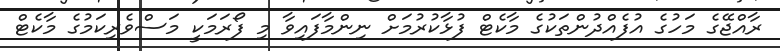
ރާއްޖޭގެ މަހުގެ އުފެއްދުންތަކުގެ މާކެޓް ފުޅާކުރުމަށް ނިންމާފައިވާ މި ފޯރަމަކީ މަސްވެރިކަމުގެ މާކެޓް